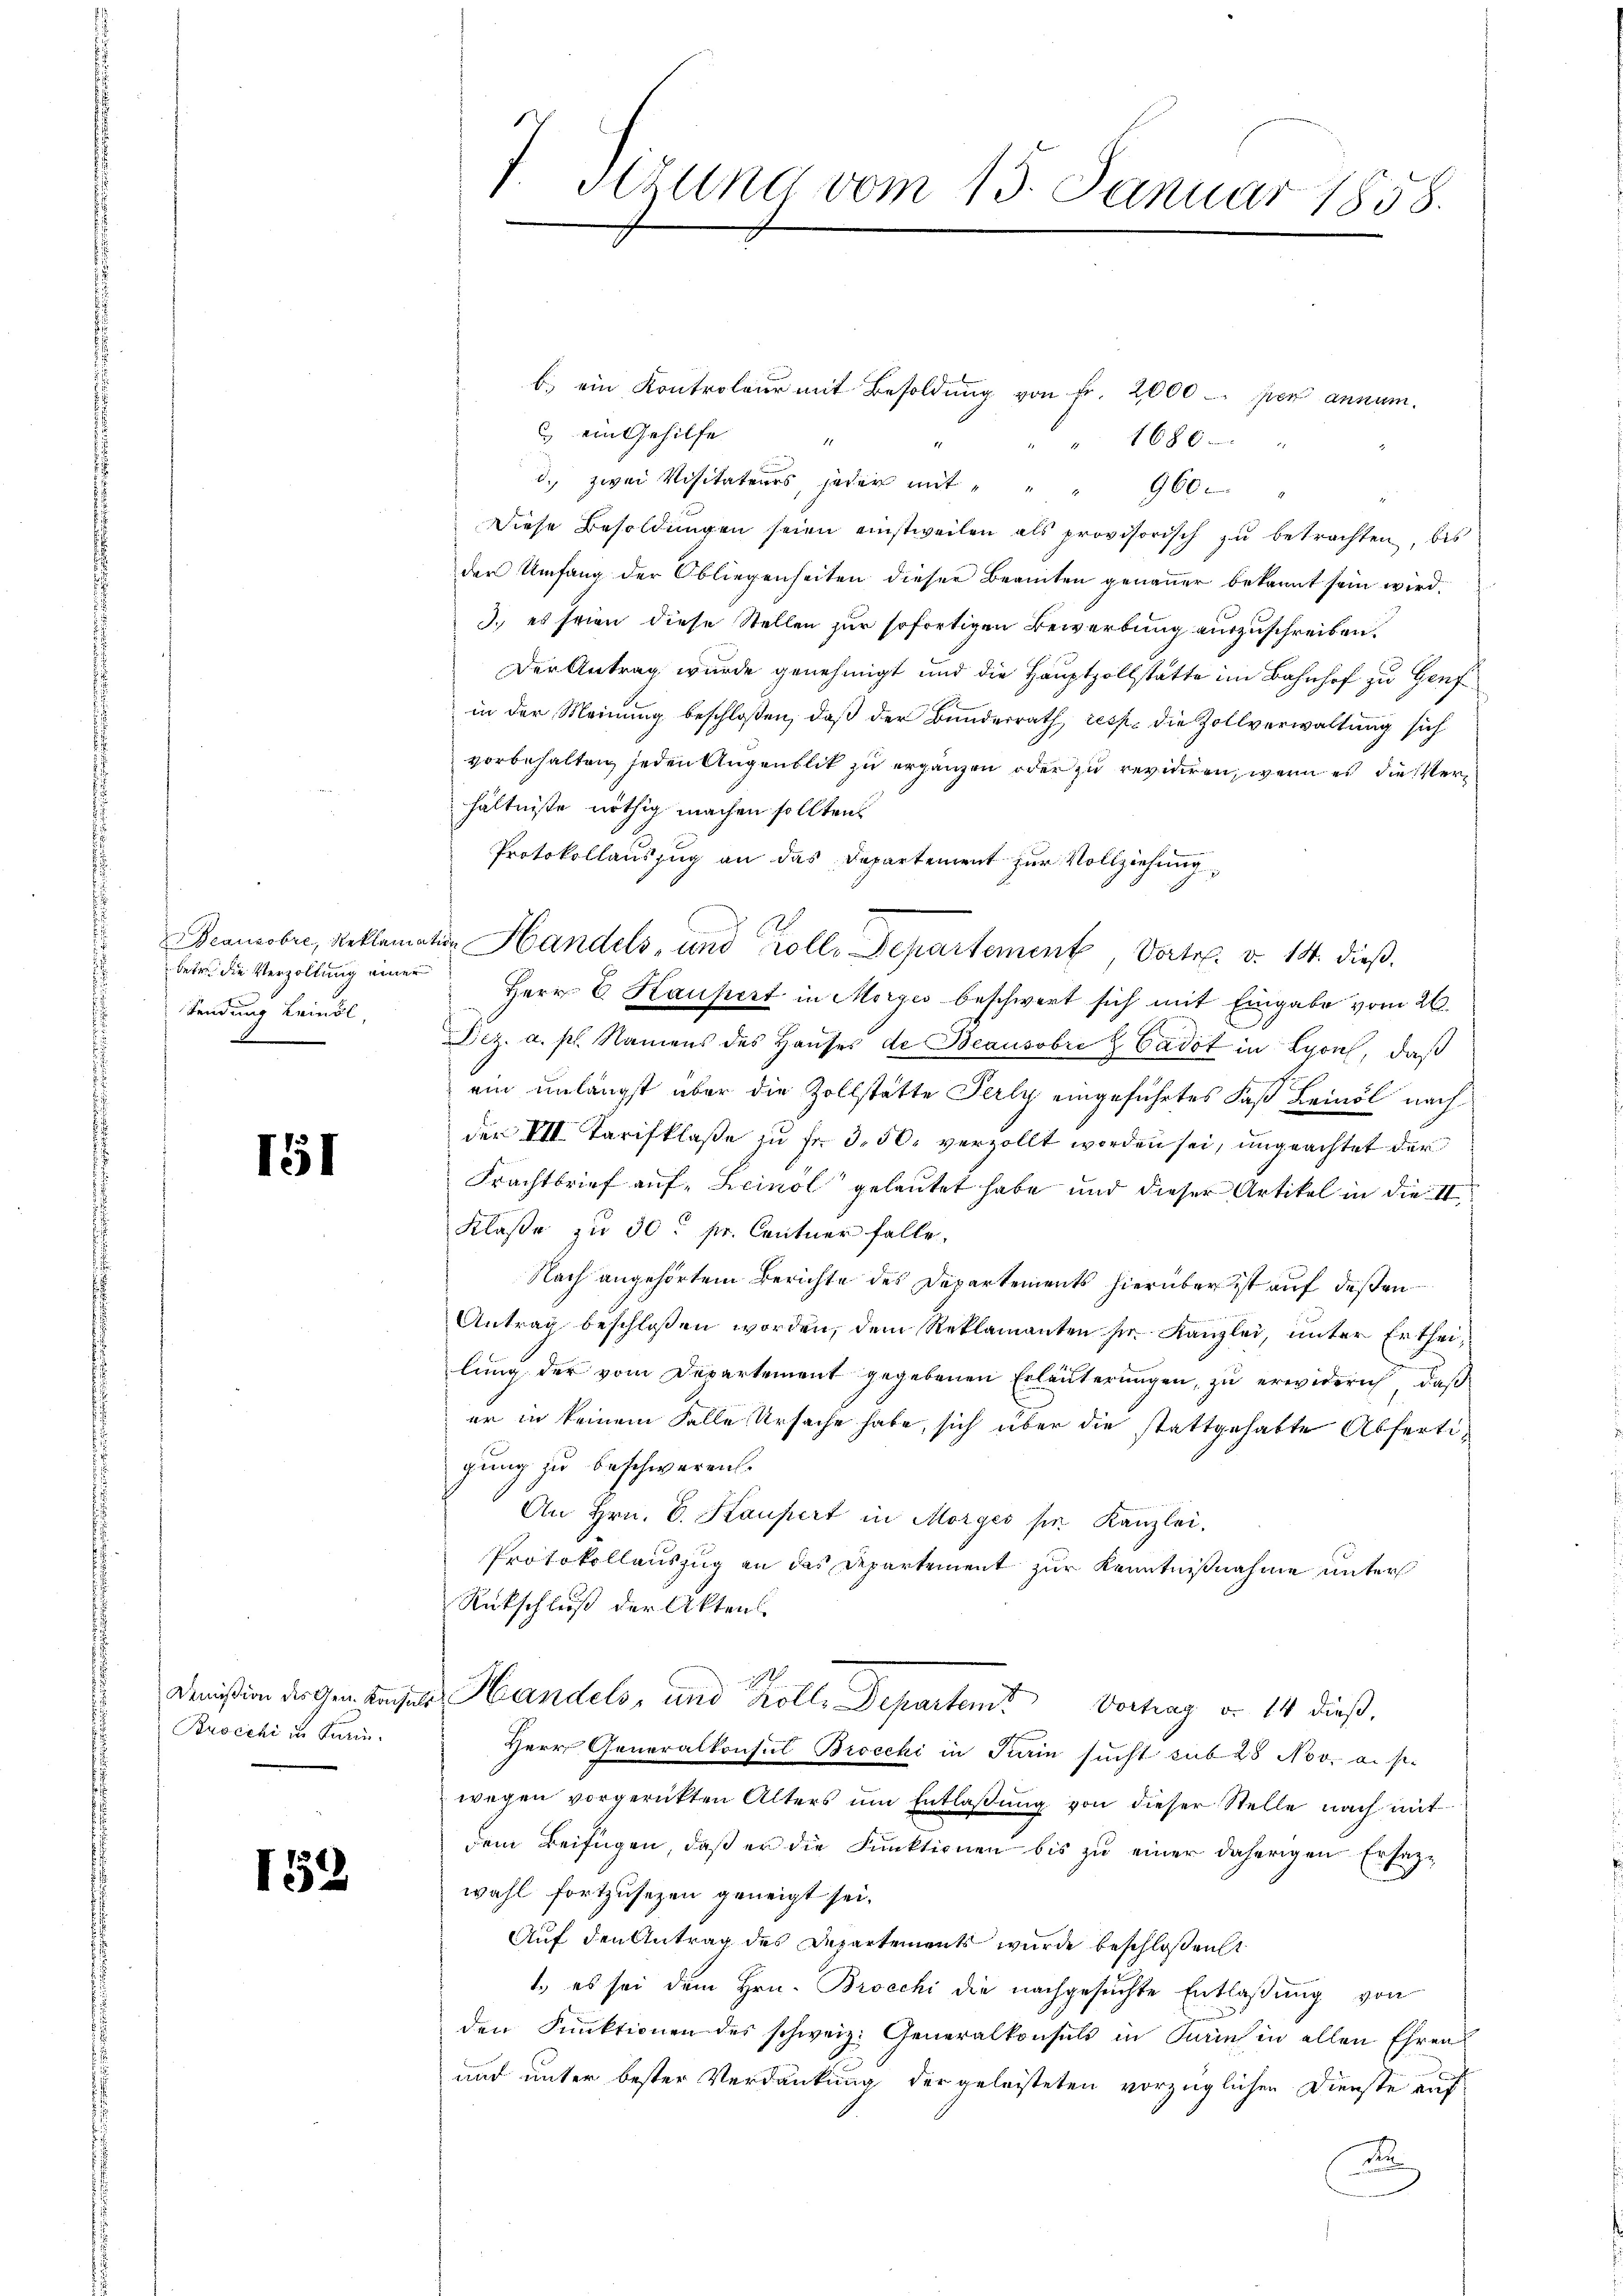
betr. die Verzollung einer
Sendung Leinöl,
.

151

Brocchi in Pari

152

b. ein Kontroleur mit Besoldung von Fr. 2000 per annum.
 ein Gehilfe
17.
1686
d. zwei Visitateurs, jeder mit " " " 960. "
Diese Besoldŭngen seien einstweilen als provisorisch zŭ betrachten, bis
der Umfang der Obliegenheiten dieser Beamten genauer bekannt sein wird.
3. es seien diese Stellen zur sofortigen Bewerbung auszuschreiben.
Der Antrag wurde genehmigt und die Hauptzollstätte im Bahnhof zu Genf
in der Meinung beschloßen, daß der Bundesrath, resp. die Zollverwaltung sich
vorbehalten, jeden Augenblik zu ergänzen oder zu revidiren, wenn es die Verhältnisse nöthig machen sollten.
Protokollauszug an das Departement zur Vollziehung,
Bcanobre, Reklamation Handels, und Kolle Departement, Vortr. v. 14. dieß
Herr E. Haußert in Morges beschwert sich mit Eingabe vom 26.
DDez. a. p. Namens des Haŭses de Beausobris Cadet in Lyon, daß
ein unlängst über die Zollstätte Perly eingeführtes Faß Leinöl nach
der VII. Tarifklaße zu fr. 3. 50. verzollt worden sei, ungeachtet der
Frachtbrief auf Leinöl gelautet habe und dieser Artikel in die II.
Klaße zu 30 pr. Centner falle.
Nach angehörtem Berichte des Departements hierüber ist auf deßen
Antrag beschloßen worden, dem Reklamanten pr. Kanzlei, unter Ertheilung der vom Departement gegebenen Erläuterungen, zu erwiderich, daß
er in keinem Falle Ursache habe, sich über die stattgehabte Abfertigung zu beschweren.
An Hrn. C. Kaupert in Morges pr. Kanzlei
Protokollauszug an das Departement zur Kenntnißnahme unter
Rückschluß der Aktens
Dimißion der Gemeinsetze Handels- und Kolle Departamt Vortrag d. 14 dieß.
Herr Generalkonsul Brocchi in Turin sucht sub 28 Nov. a. p.
wegen vorgerückten Alters ŭm Entlaßung von dieser Stelle nach mit
dem Beifügen, daß er die Funktionen bis zu einer daherigen Ersezwahl fortzusezen geneigt sei.
Auf den Antrag des Departements wurde beschloßen
1. es sei dem Hrn. Brocchi die nachgesuchte Entlaßung von
den Funktionen des schweiz. Generalkonsuls in Krins in allen Ehren
und unter bester Verdankung der geleisteten vorzüglichen Dienste auf
a

f. Strung vom 13. Januar 1858.